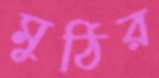
মুঠির